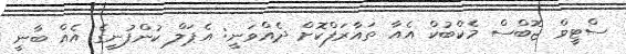
ސްޓީވް ޖޮބްސް މެކްބުކް އެއާ ތައާރަފްކޮށް ދެއްވަނީ: އެޕަލް ކުންފުނީގެ އެއް ބާނީ